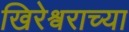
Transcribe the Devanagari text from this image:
खिरेश्वराच्या